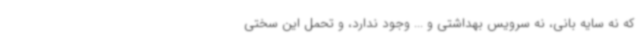
که نه سایه بانی، نه سرویس بهداشتی و ... وجود ندارد، و تحمل این سختی